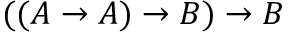
( ( A \to A ) \to B ) \to B